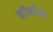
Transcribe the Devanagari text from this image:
कॉन्स्टेन्स